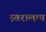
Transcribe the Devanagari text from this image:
स्वरालाप